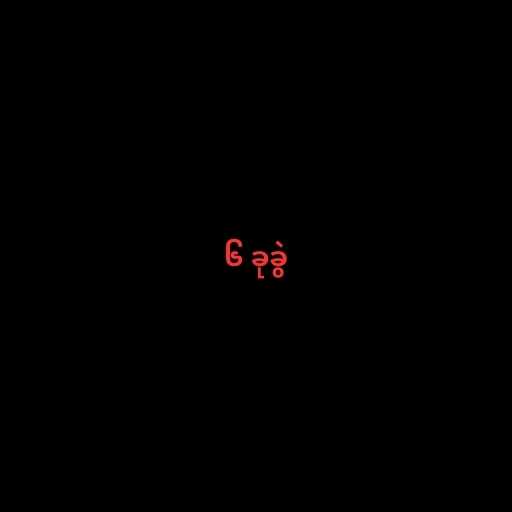
၆ ခုခွဲ